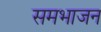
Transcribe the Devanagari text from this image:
समभाजन